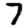
Digit: 7